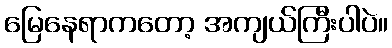
မြေနေရာကတော့ အကျယ်ကြီးပါပဲ။